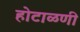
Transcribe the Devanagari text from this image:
होटाळणी